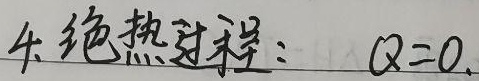
4. 绝热过程：\(Q = 0\)